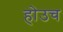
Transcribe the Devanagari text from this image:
होउच